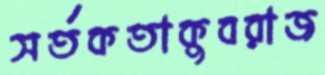
সর্তকতাকুবরাজ